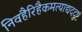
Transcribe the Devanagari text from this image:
निवहैरिहैकमत्याद्यददुष्टं